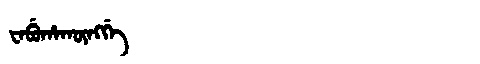
Manchu: ᠸᠠᠪᡠᡥᠠᡴᡡᠩᡤᡝ
Romanization: WABUHAKŪNGGE